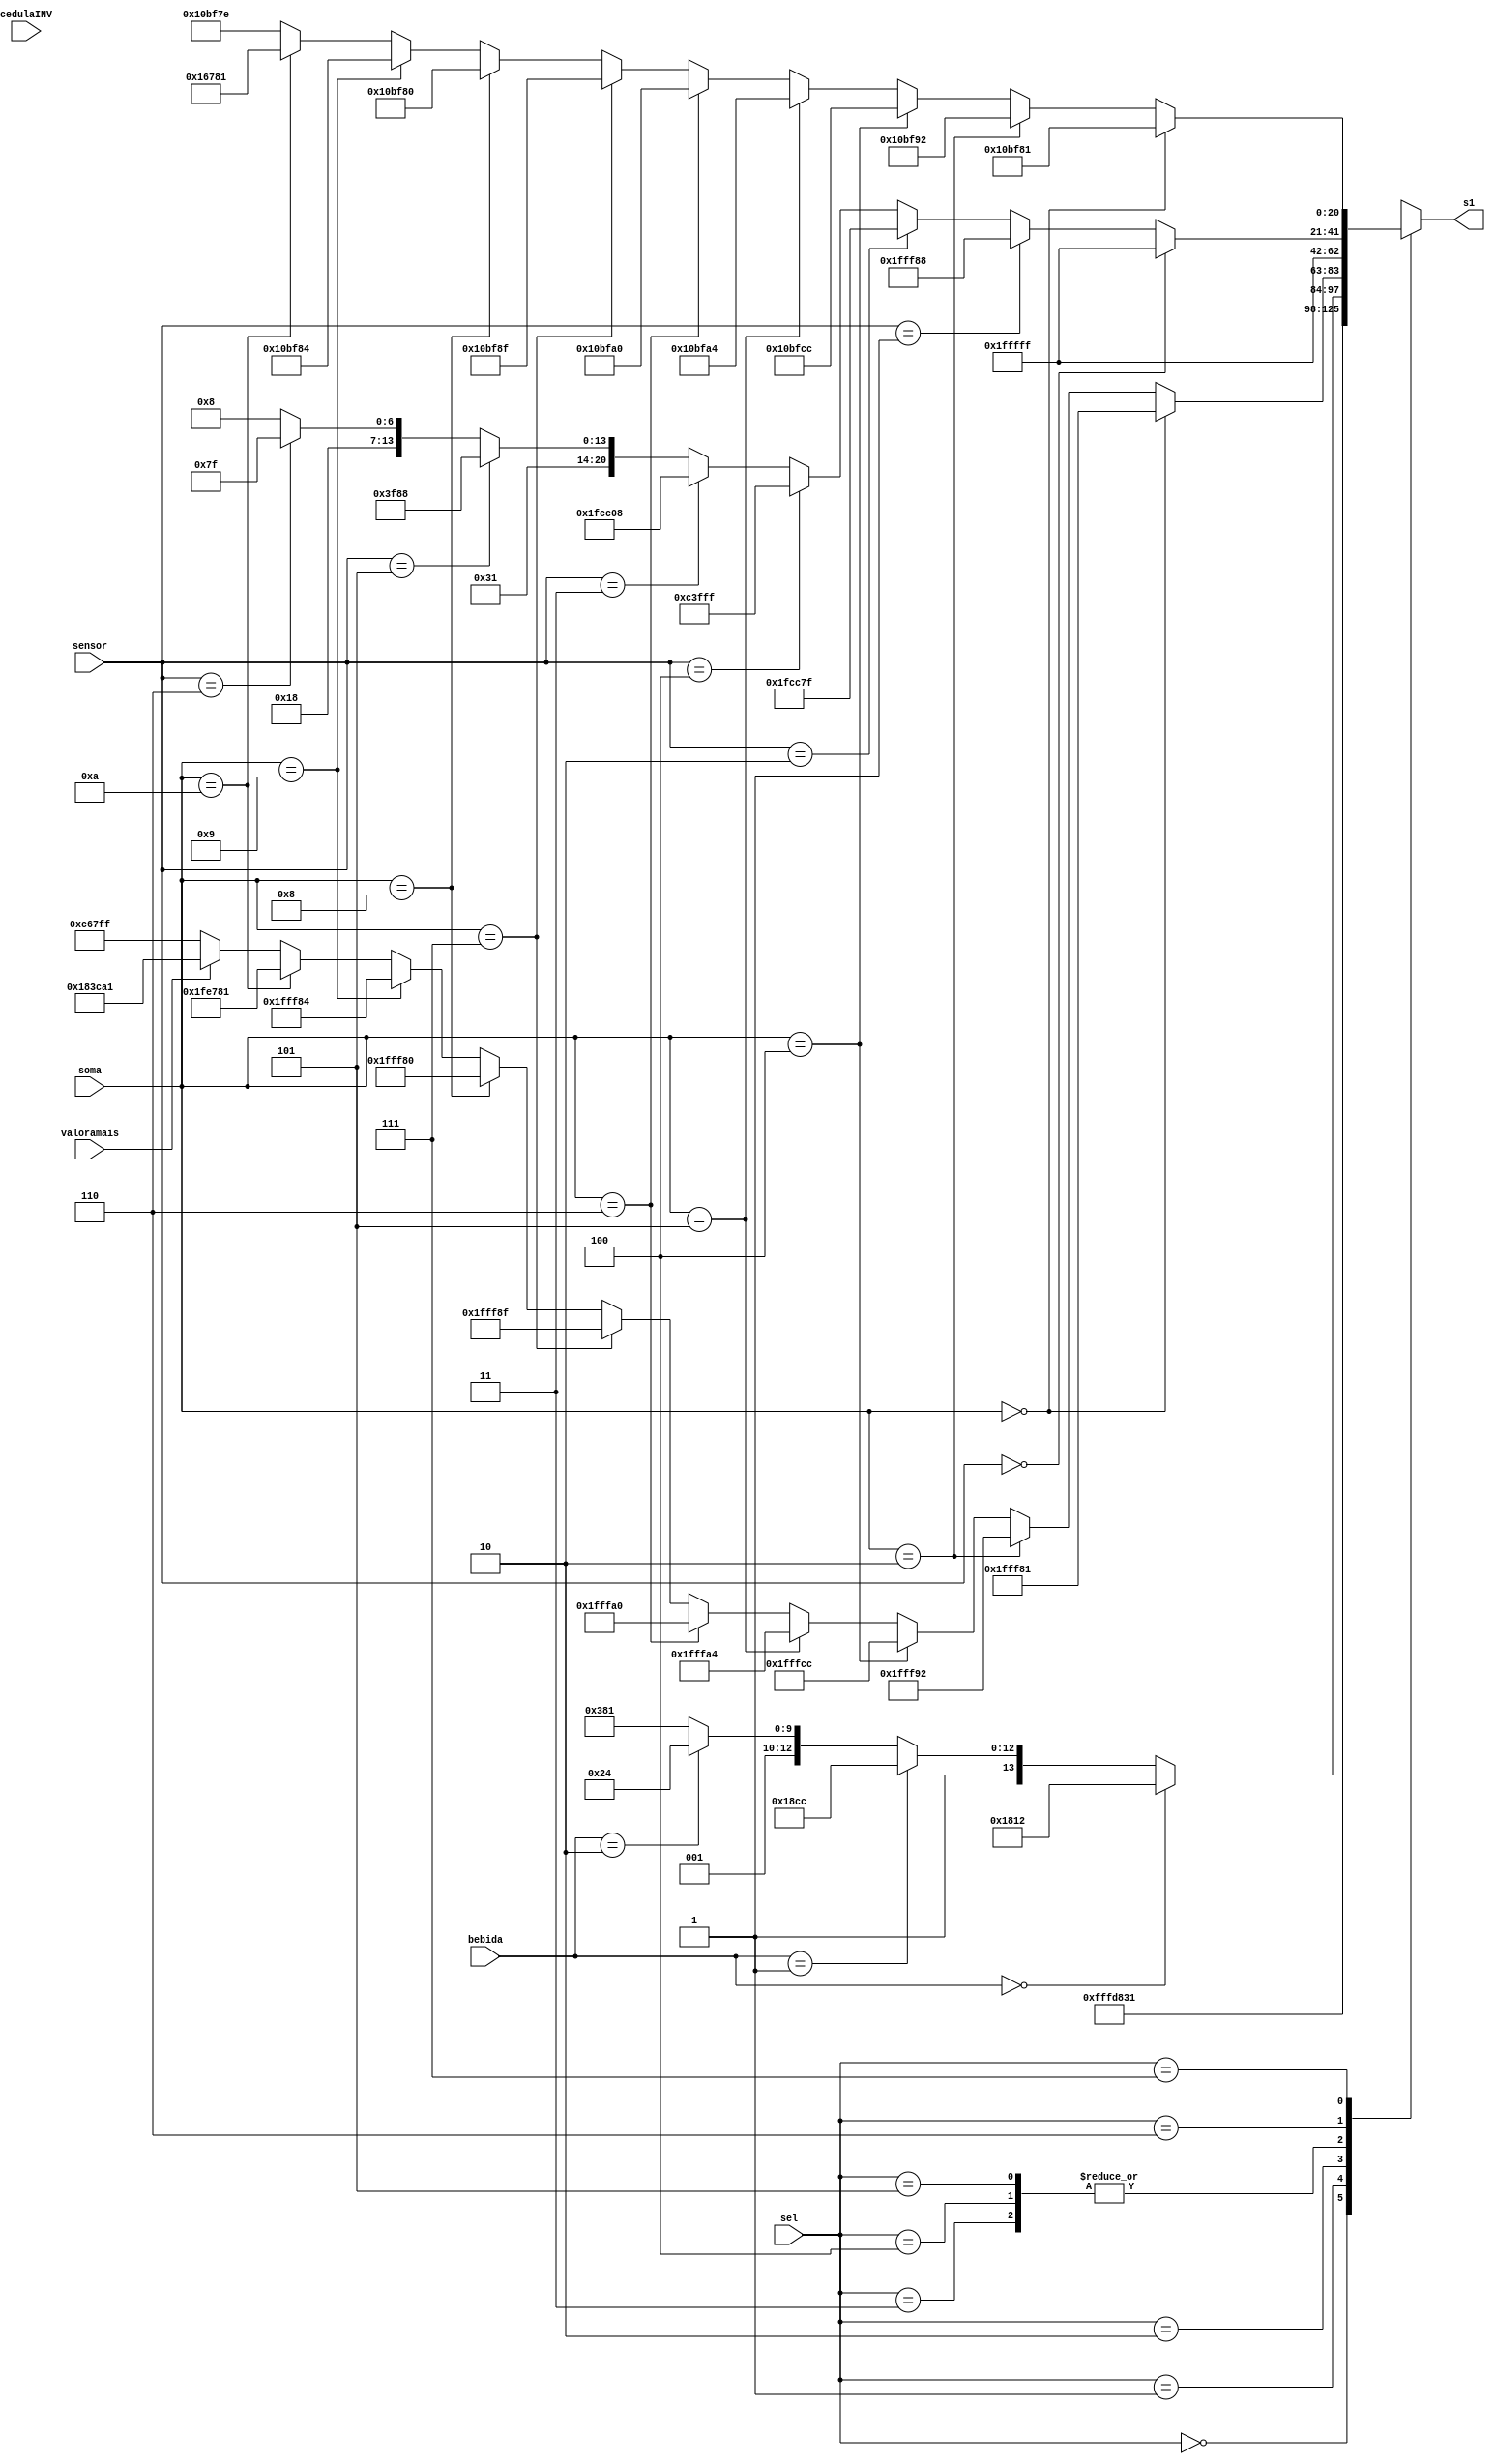
module decodificador28bits ( sel,s1, bebida, soma, sensor, cedulaINV, valoramais);
input [2:0]  sel, sensor;
input [1:0] bebida;
input [4:0] soma;
input cedulaINV, valoramais;
output reg [20:0] s1;
 
 
	always @( sel,sensor,bebida) begin
      	case (sel)
          	3'b000: s1=21'b111111111111110110000;
          	3'b001: begin
					//Café expresso
					if (bebida == 2'b00) begin 
						s1=21'b011000101100000010010;
					end
					//Café com leite
					else if (bebida == 2'b01) begin 
						s1=21'b011000111100011001100;
					end
					//Chá de camomila
					else if (bebida == 2'b10) begin 
						s1=21'b011000110010000100100;
					end
					//Cappuccino
					else begin 
						s1=21'b011000110011110000001;
					end
				end
				3'b010: begin
					//Exibe 0
					if (soma == 5'b00000) begin
						s1=21'b111111111111110000001;
					end
					//Exibe 2
					else if (soma == 5'b00010) begin
						s1=21'b111111111111110010010;
					end
					//Exibe 4
					else if (soma == 5'b00100) begin
						s1=21'b111111111111111001100;
					end
					//Exibe 5
					else if (soma == 5'b00101) begin
						s1=21'b111111111111110100100;
					end
					//Exibe 6
					else if (soma == 5'b00110) begin
						s1=21'b111111111111110100000;
					end
					//Exibe 7
					else if (soma == 5'b00111) begin
						s1=21'b111111111111110001111;
					end
					//Exibe 8
					else if (soma == 5'b01000) begin
						s1=21'b111111111111110000000;
					end
					//Exibe 9
					else if (soma == 5'b01001) begin
						s1=21'b111111111111110000100;
					end
					//Exibe 10
					else if (soma == 5'b01010) begin
						s1=21'b111111110011110000001;
					end
					else if (valoramais == 1'b1) begin
						s1=21'b110000011110010100001;
					end
					else begin
						s1=21'b011000110011111111111;
					end
				end
				
          	3'b011: s1=21'b111111111111111111111; // bombagem
          	3'b100: s1=21'b111111111111111111111; // aquecimento
          	3'b101: s1=21'b111111111111111111111; // entrega
				
          	3'b110: begin	// Erro Sensor
					// apresenta nada
					if (sensor == 3'b000) begin
						s1=21'b111111111111111111111;
						end
					//Sensor agua
					else if (sensor == 3'b001) begin
						s1=21'b111111111111110001000;
					end
					//Sensor capsula
					else if (sensor == 3'b010) begin
						s1=21'b111111100110001111111;
					end
					//Sensor copo
					else if (sensor == 3'b100) begin
						s1=21'b011000011111111111111;
					end
					//Sensor capsula e agua
					else if (sensor == 3'b011) begin
						s1=21'b111111100110000001000;
					end
					//Sensor copo e agua
					else if (sensor == 3'b101) begin
						s1=21'b011000111111110001000;
					end
					//Sensor copo e capsula 
					else if (sensor == 3'b110) begin
						s1=21'b011000100110001111111;
					end
					//Os 3 sensores
					else begin
						s1=21'b011000100110000001000;
					end
					end
          	3'b111: begin 

				//Exibe 0 e um D
					if (soma == 5'b00000) begin
						s1=21'b100001011111110000001;
					end
					//Exibe 2 e um D
					else if (soma == 5'b00010) begin
						s1=21'b100001011111110010010;
					end
					//Exibe 4 e um D
					else if (soma == 5'b00100) begin
						s1=21'b100001011111111001100;
					end
					//Exibe 5 e um D
					else if(soma == 5'b00101) begin
						s1=21'b100001011111110100100;
					end
					//Exibe 6 e um D
					else if (soma == 5'b00110) begin
						s1=21'b100001011111110100000;
					end
					//Exibe 7 e um D
					else if (soma == 5'b00111) begin
						s1=21'b100001011111110001111;
					end
					//Exibe 8 e um D
					else if (soma == 5'b01000) begin
						s1=21'b100001011111110000000;
					end
					//Exibe 9 e um D
					else if (soma == 5'b01001) begin
						s1=21'b100001011111110000100;
					end
					//Exibe 10 e um D
					else if (soma == 5'b01010) begin
						s1=21'b1000010110011110000001;
					end
					else begin
						s1=21'b100001011111101111110;
					end
				end
				default s1=21'b111111111111111111111;
      	endcase
  	end
endmodule